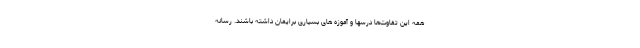
همه این تفاوت‌ها درسها و آموزه های بسیاری برایمان داشته باشند. رسانه